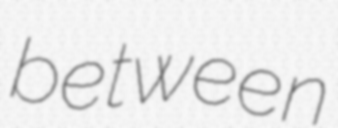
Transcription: between